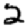
Digit: 2